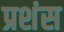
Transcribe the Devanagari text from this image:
प्रशंस